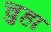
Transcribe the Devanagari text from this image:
चुहा